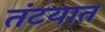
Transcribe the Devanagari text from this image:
तंटयात